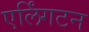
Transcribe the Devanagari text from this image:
एर्लिंगटन